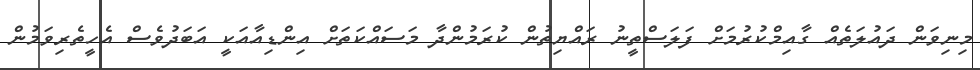
މިނިވަން ދައުލަތެއް ގާއިމްކުރުމަށް ފަލަސްތީނު ރައްޔިތުން ކުރަމުންދާ މަސައްކަތަށް އިންޑިއާއަކީ އަބަދުވެސް އެހީތެރިވަމުން